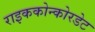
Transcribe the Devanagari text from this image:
राइककोन्कोरडेट